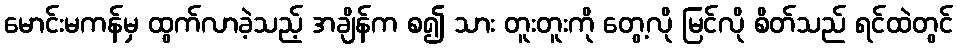
မောင်းမကန်မှ ထွက်လာခဲ့သည့် အချိန်က စ၍ သား တူးတူးကို တွေ့လို မြင်လို စိတ်သည် ရင်ထဲတွင်